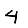
Digit: 4